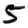
Digit: 5